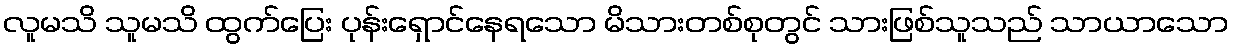
လူမသိ သူမသိ ထွက်ပြေး ပုန်းရှောင်နေရသော မိသားတစ်စုတွင် သားဖြစ်သူသည် သာယာသော